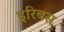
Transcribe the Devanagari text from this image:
इरिबस